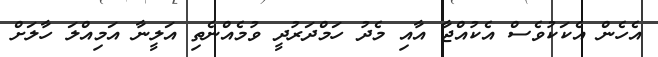
އެހެން އެކަކުވެސް އެކުއްޖާ އާއި މެދު ހަމްދަރުދީ ވުމެއްނެތި އަލީނާ އަމިއްލަ ހާލަށް